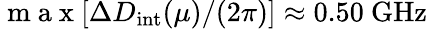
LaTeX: \mathrm{~m~a~x~}[\Delta D_{\mathrm{int}}(\mu)/(2\pi)]\approx 0.50~\mathrm{GHz}